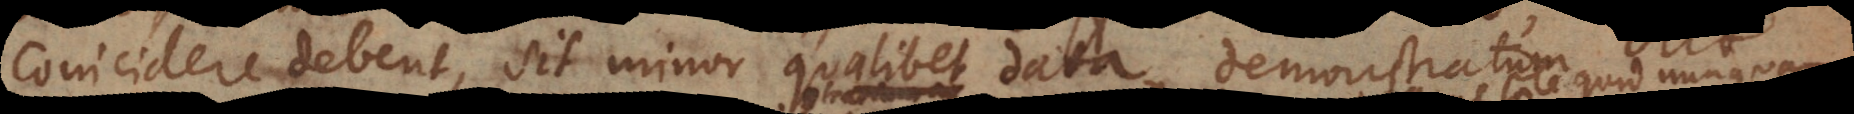
coincidere debent, sit minor qualibet data, demonstratum erit